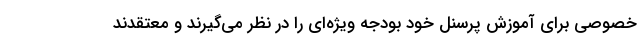
خصوصی برای آموزش پرسنل خود بودجه ویژه‌ای را در نظر می‌گیرند و معتقدند